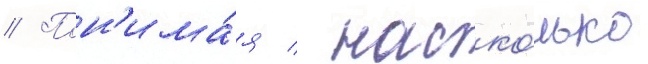
// Пон'има́я / наско́лько